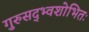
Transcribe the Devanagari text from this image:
गुरुसद्भ्वशोभितः